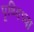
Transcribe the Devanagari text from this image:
पृथ्विच्या